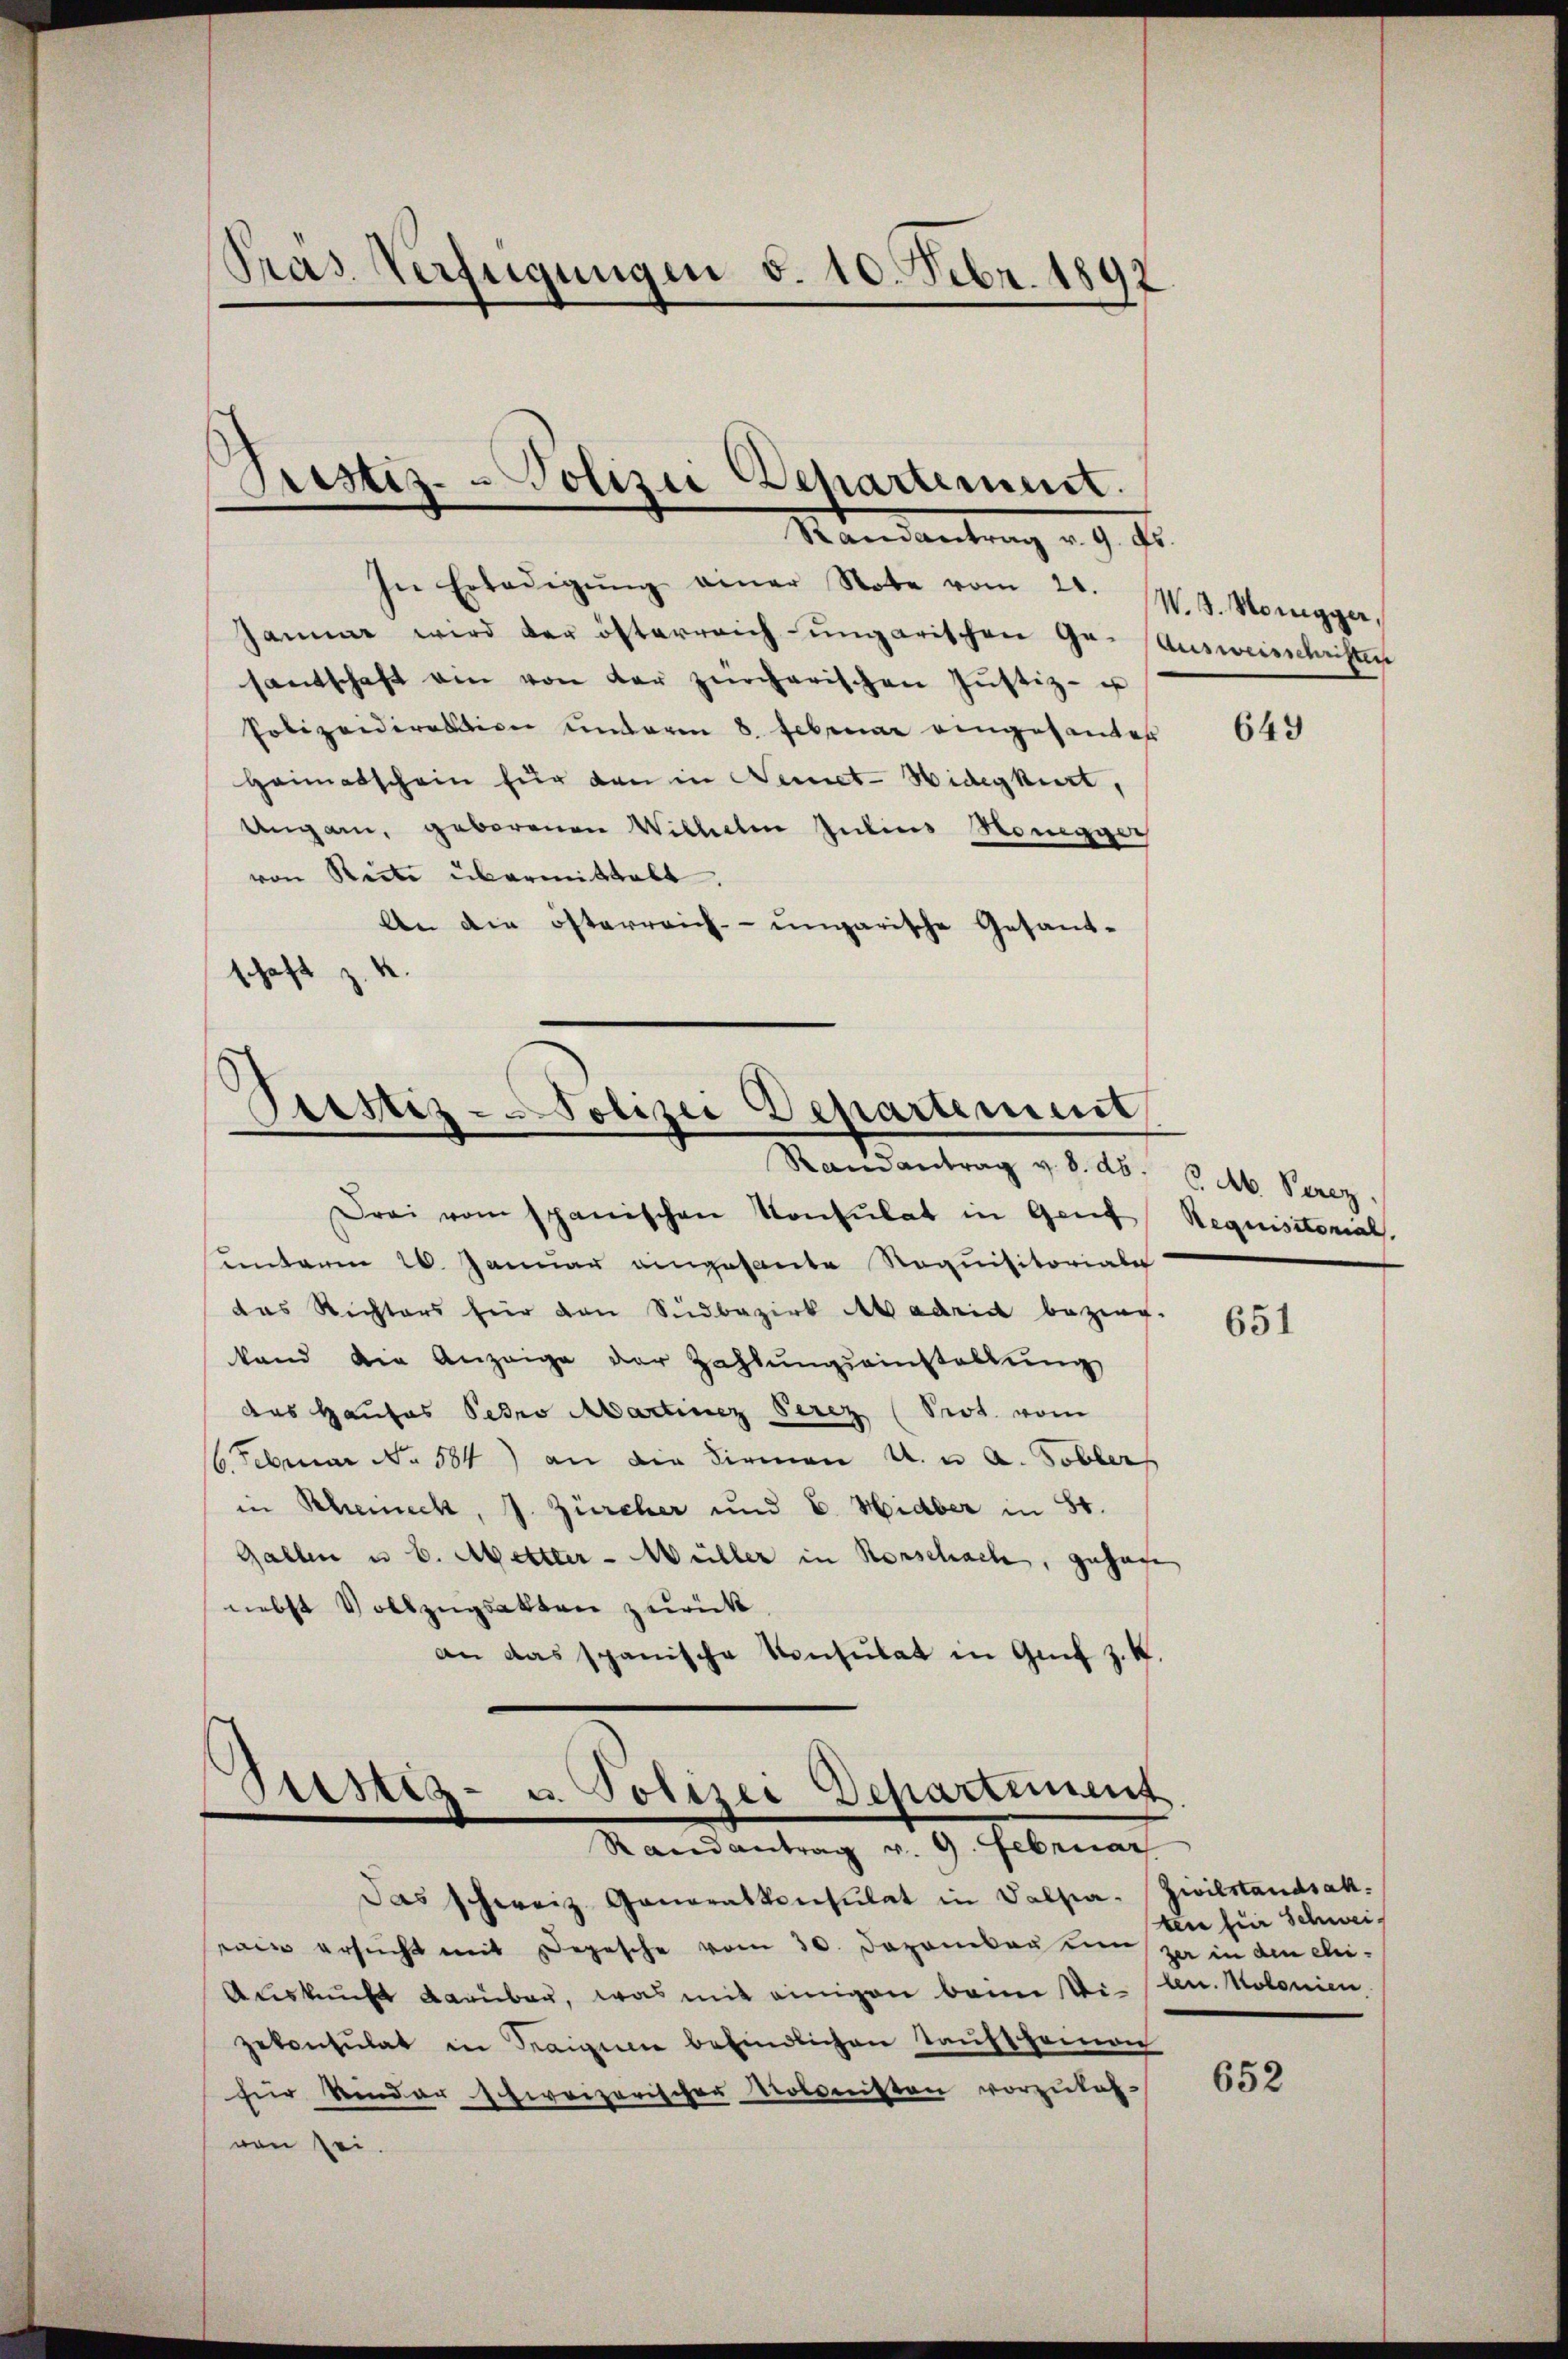
Pras Verfügungen d. 10. Febr. 1892

Pristiz- & Polizei Departement.
Randantrag v. 9. Fr.

In Erledigŭng einer Note vom 20.
Januar wird der österreich ungarischen Gr. (Ausweisschriften
santschaft ein von der zürcherischen Jŭstiz- u
Polizeidirektion unterm 8. Februar eingesanter
Heimatschein für dan in Nemet-Hidegkirt,
Ungarn, geborenen Wilhelm Julius Honegger
von Reite übermittelt.
An die österreich-ungarische Gesand-
schaft z. 4

Sirsiz-Polizei Departement
Randantrag v. 8. ds. v. M. Perez

Drei vom spanischen Konsulat in Genf Requisitorial.
unterm 26. Januar eingesante Noquisitoriale
das Richters für den Südbezirk Ab adrid bezieg-
tand die Anzeige der Zahlŭngseinstallŭng
das Hauses Petro Martiner Serez (Prot. vom
6. Februar No. 584) an die Firmen u. u. a. Tobler
in Scheineck, J. Zürcher und E. Hidber in 80.
Gallen u. b. Mettler - Müller in Rorschach, gehage
nebst Vollzugsakten zurück
an das spanische Konsulat in Genf z. K.

Zustiz- u. Polizei Departement
Randantrag v. 9. Februar

Das schweiz. Generalkonsulat in Salpa- Zivilstandsakrin ersŭcht mit Depesche vom 30. Dezember um ja in den chi¬
Auskunft darüber, was mit einigen beim Vielen. Kolonien,
zekonsulat in Steigen befindlichen Taufscheinen
für Kinder schweizerischer Kolonisten vorzulas-
nen sei.

W. B. Honigger,

649

651

ten für Schweis

652